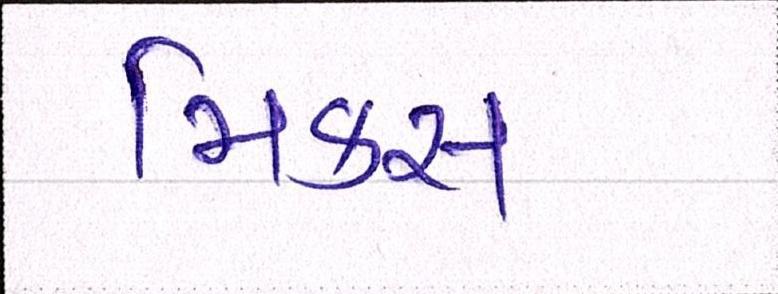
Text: મિક્સ